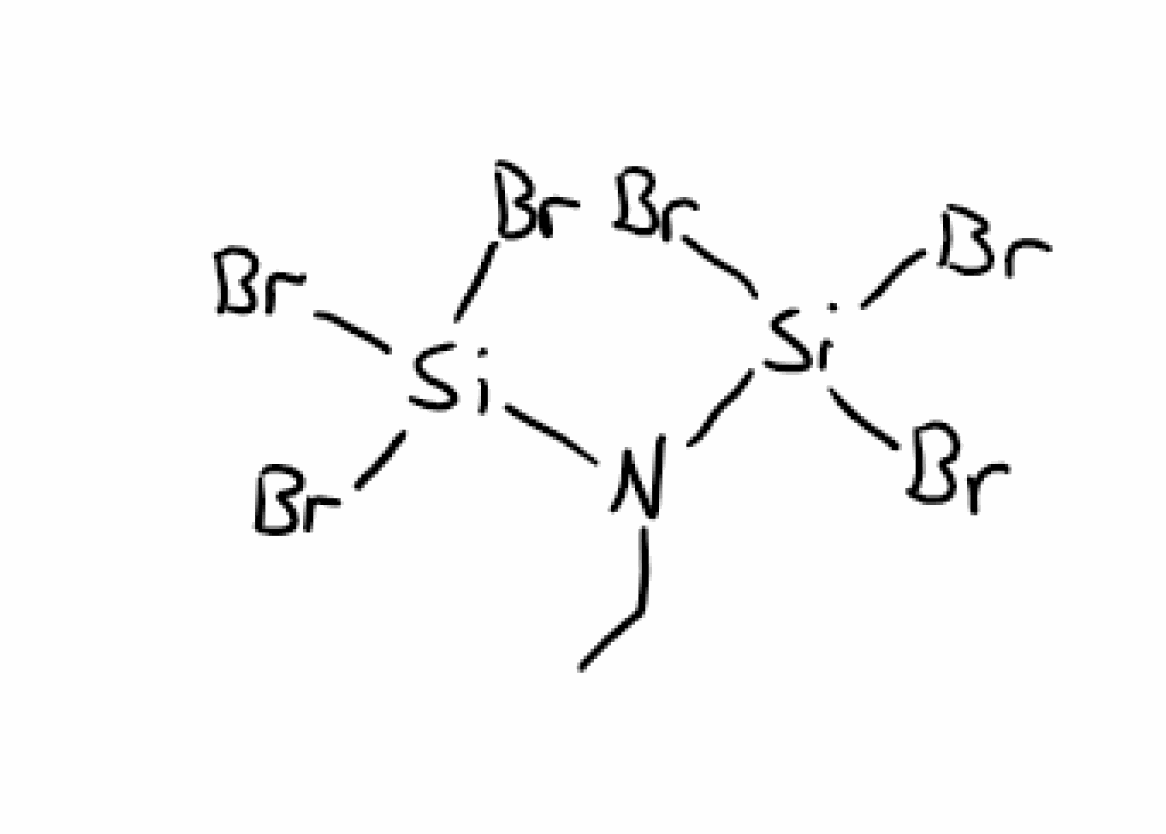
Simplified molecular-input line-entry system (SMILES) notation of the given molecule:
CCN([Si](Br)(Br)Br)[Si](Br)(Br)Br